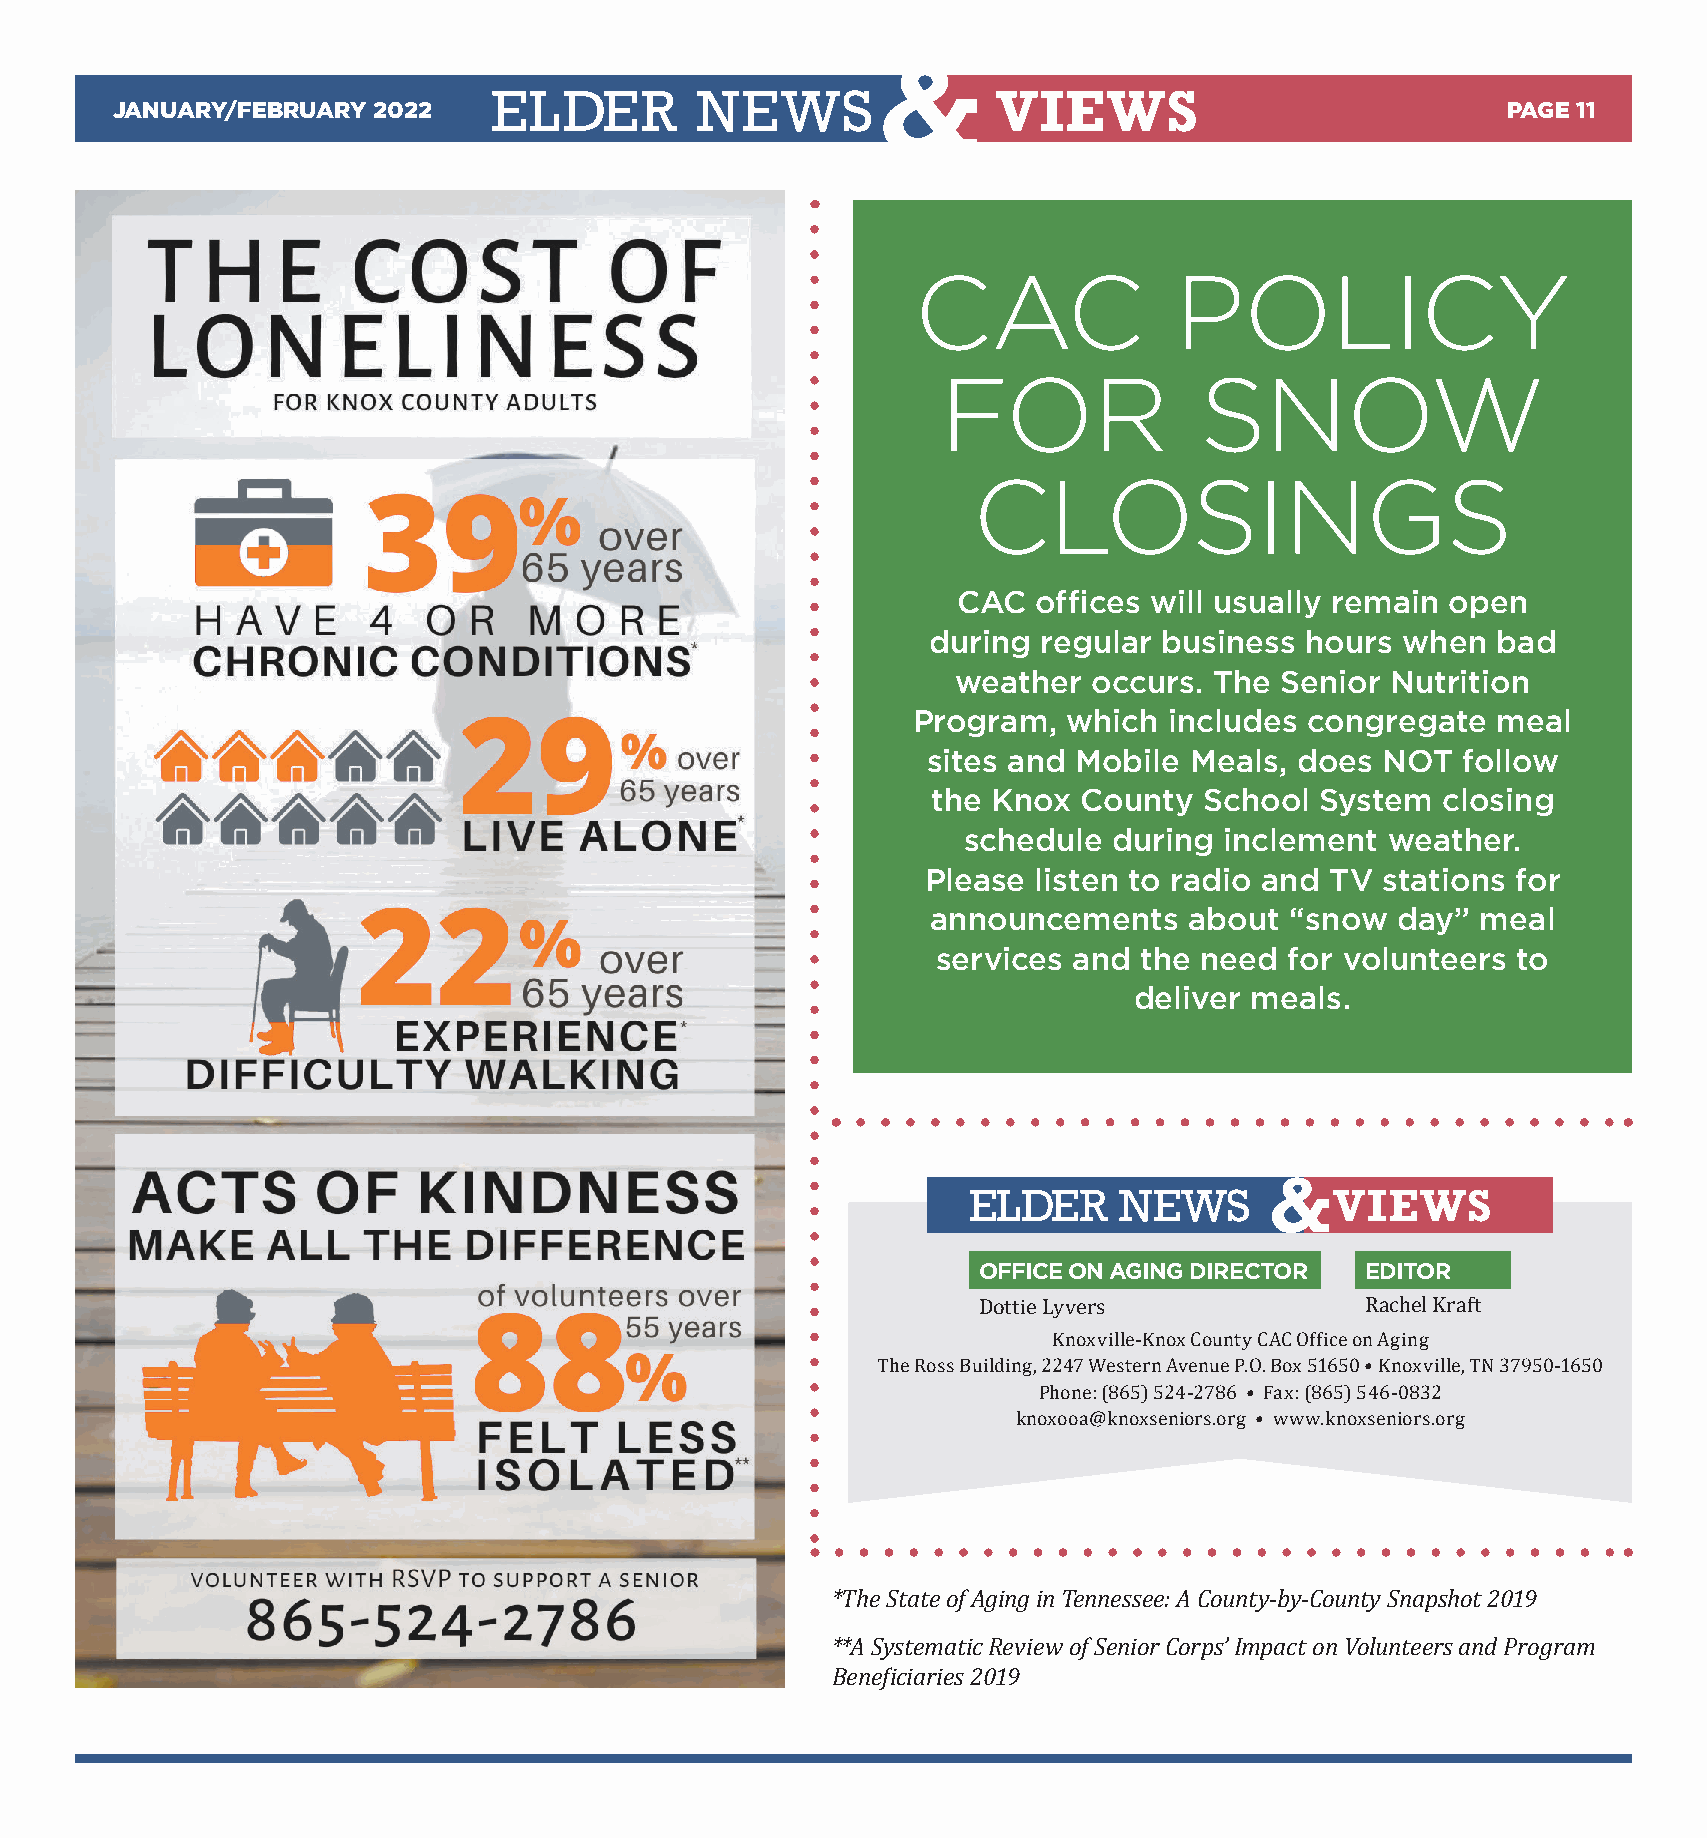
ELDER        NEWS                VIEWS
 JANUARY/FEBRUARY  2022                                                                       PAGE 11
 CAC              POLICY
 FOR              SNOW
 CLOSINGS
 CAC   offices will usually remain open
 during  regular business hours  when  bad
 weather  occurs. The  Senior Nutrition
 Program,   which includes congregate   meal
 sites and Mobile  Meals, does NOT   follow
 the Knox  County  School System   closing
 schedule  during inclement  weather.
 Please  listen to radio and TV stations for
 announcements    about “snow  day”  meal
 services and the need  for volunteers to
 deliver meals.
 OFFICE ON AGING DIRECTOR EDITOR
 Dottie Lyvers            Rachel Kraft
 Knoxville-Knox County CAC Office on Aging
 The Ross Building, 2247 Western Avenue P.O. Box 51650 • Knoxville, TN 37950-1650
 Phone: (865) 524-2786 • Fax: (865) 546-0832
 knoxooa@knoxseniors.org • www.knoxseniors.org
 *The State of Aging in Tennessee: A County-by-County Snapshot 2019
 **A Systematic Review of Senior Corps’ Impact on Volunteers and Program
 Beneficiaries 2019